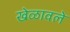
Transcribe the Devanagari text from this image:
खेळावले